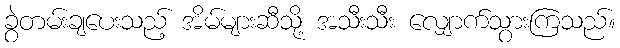
ခွဲတမ်းချပေးသည့် အိမ်များဆီသို့ အသီးသီး လျှောက်သွားကြသည်။